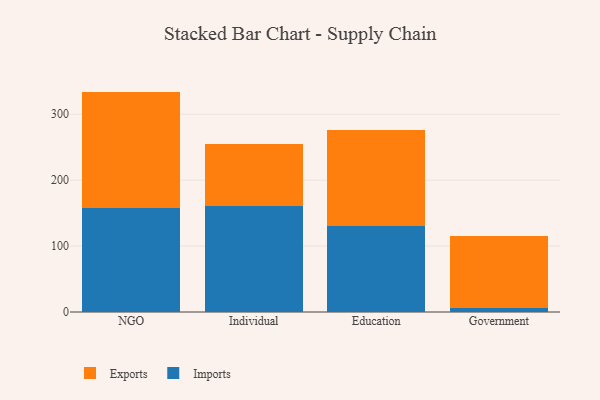
{"axis": {"x": "Segment", "y": "Backlog"}, "legend": ["Exports", "Imports"], "data": [{"x": "NGO", "y": 157.0, "type": "Imports"}, {"x": "NGO", "y": 177.3, "type": "Exports"}, {"x": "Individual", "y": 160.6, "type": "Imports"}, {"x": "Individual", "y": 94.1, "type": "Exports"}, {"x": "Education", "y": 130.4, "type": "Imports"}, {"x": "Education", "y": 145.1, "type": "Exports"}, {"x": "Government", "y": 5.5, "type": "Imports"}, {"x": "Government", "y": 109.9, "type": "Exports"}]}